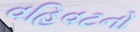
વહિવટનો